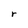
Character: r